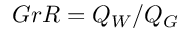
G r R = Q _ { W } / Q _ { G }